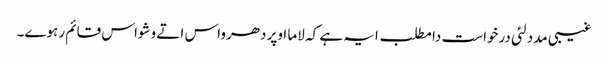
غیبی مدد لئی درخواست دا مطلب ایہ ہے کہ لاما اوپر دھرواس اتے وشواس قائم رہوے۔